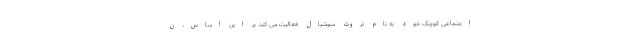
اجتماعی کوچک خود به نام تروث سوشیال فعالیت می کند. بر این اساس، ن